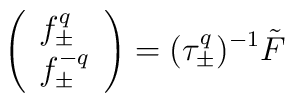
\left( 		\begin{array}{l}		f^{q}_\pm \\ f^{-q}_\pm		\end{array}	\right)	= 	( \tau^q_\pm )^{-1} \tilde{F}